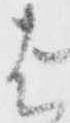
は